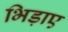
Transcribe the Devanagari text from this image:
भिड़ाए